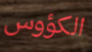
الكؤوس